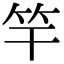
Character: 竿